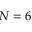
N = 6